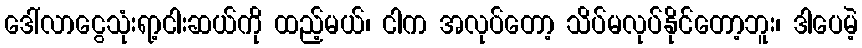
ဒေါ်လာငွေသုံးရာ့ငါးဆယ်ကို ထည့်မယ်၊ ငါက အလုပ်တော့ သိပ်မလုပ်နိုင်တော့ဘူး၊ ဒါပေမဲ့